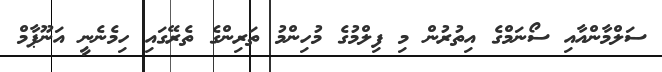
ސަލްމާންއާއި ސޯނަމްގެ އިތުރުން މި ފިލްމުގެ މުހިންމު ތަރިންގެ ތެރޭގައި ހިމެނެނީ އަނޫޕާމް